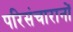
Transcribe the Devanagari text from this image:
परिसंचारानों